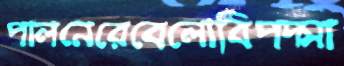
পালনেরেবেলোবিপদ্‌সা